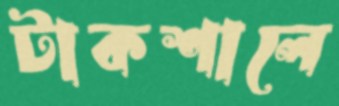
টাকশালে